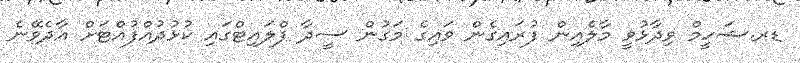
ޑރ.ޝަހީމް ވިދާޅުވީ މާލެއިން ފުރައިގެން ވައިގެ މަގުން ސީދާ ފްލައިޓްގައި ކުޅުދުއްފުއްޓަށް އާދެވޭނެ